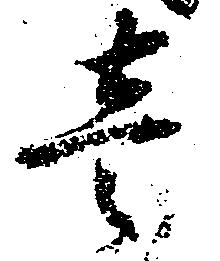
壱